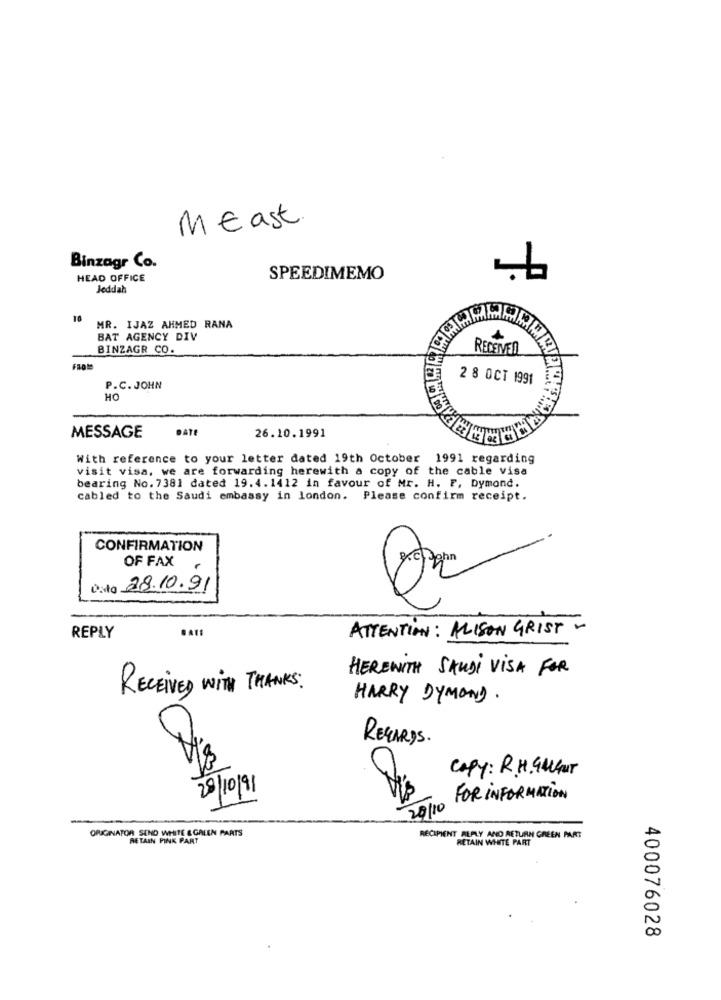
ME ast.
Binzagr Co.
HEAD OFFICE
SPEEDIMEMO
Jeddah
10
MR. IJAZ AHMED RANA
BAT AGENCY DIV
BINZAGR CO.
RECEIVED
2 8 OCT 1991
P.C. JOHN
HO
MESSAGE
DATE
26.10.1991
With reference to your letter dated 19th October 1991 regarding
visit visa, we are forwarding herewith a copy of the cable visa
bearing No. 7381 dated 19.4.1412 in favour of Mr. H. F. Dymond.
cabled to the Saudi embassy in london. Please confirm receipt.
CONFIRMATION
OF FAX
Disto 28.10.91
ATTENTION: ALISON GRIST -
REPLY
HEREWITH SAUDi VISA FOR
RECEIVED WITH THANKS:
HARRY DYMOND.
REGARDS.
Copy: R. H. 44GUT
28/10/91
FOR INFORMATION
20/10
ORIGINATOR SEND WHITE & GREEN PARTS
RETAIN PINK PART
RECIPIENT REPLY AND RETURN GREEN PART
RETAIN WHITE PART
400076028